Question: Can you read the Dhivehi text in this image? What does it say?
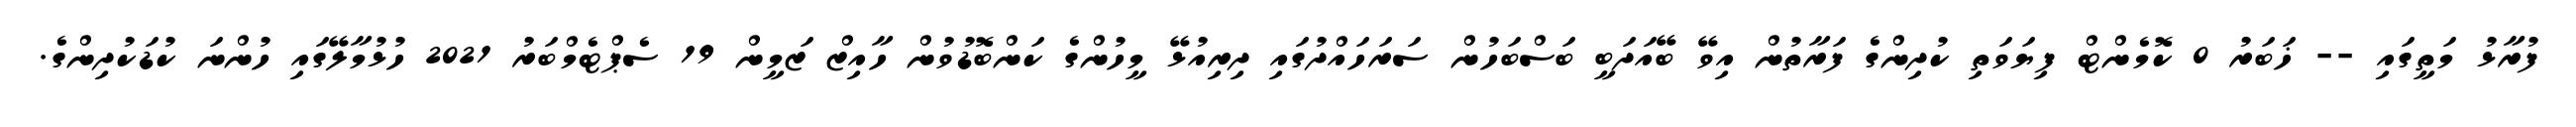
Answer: ފުރާޅު މަތީގައި -- ޚަބަރު 0 ކޮމެންޓް ފިޔަވަތި ކުދިންގެ ފަރާތުން އިވޭ ބޭއަދަބީ ބަސްބަހުން ސަރަހައްދުގައި ދިރިއުޅޭ މީހުންގެ ކަންބޮޑުވުން ހާއިޒް ޒަމީން 19 ސެޕްޓެމްބަރު 2021 ހުޅުމާލޭގައި ހުންނަ ކުޑަކުދިންގެ.